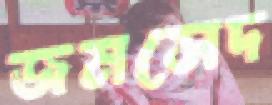
জমসেদ